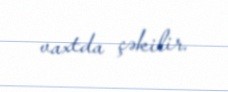
vaxtda çəkilir.